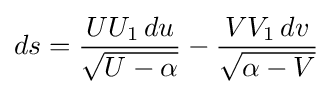
ds={\frac {UU_{1}\,du}{\sqrt {U-\alpha }}}-{\frac {VV_{1}\,dv}{\sqrt {\alpha -V}}}